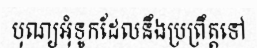
បុណ្យអុំទូកដែលនឹងប្រព្រឹត្តទៅ